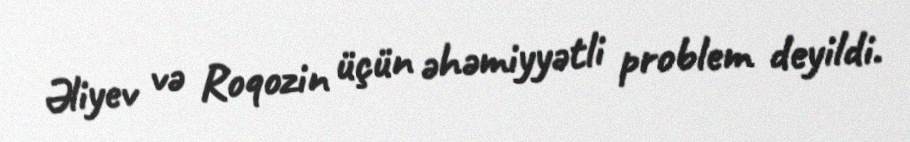
Əliyev və Roqozin üçün əhəmiyyətli problem deyildi.